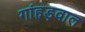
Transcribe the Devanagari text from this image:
गांहड़वाल